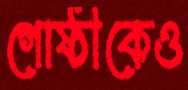
গোষ্ঠীকেও